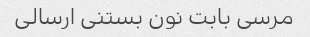
مرسی بابت نون بستنی ارسالی